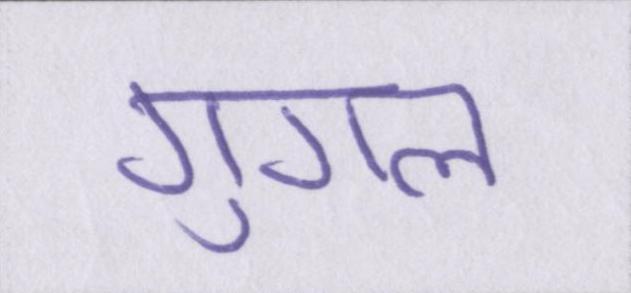
गुगल